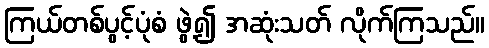
ကြယ်တစ်ပွင့်ပုံစံ ဖွဲ့၍ အဆုံးသတ် လိုက်ကြသည်။